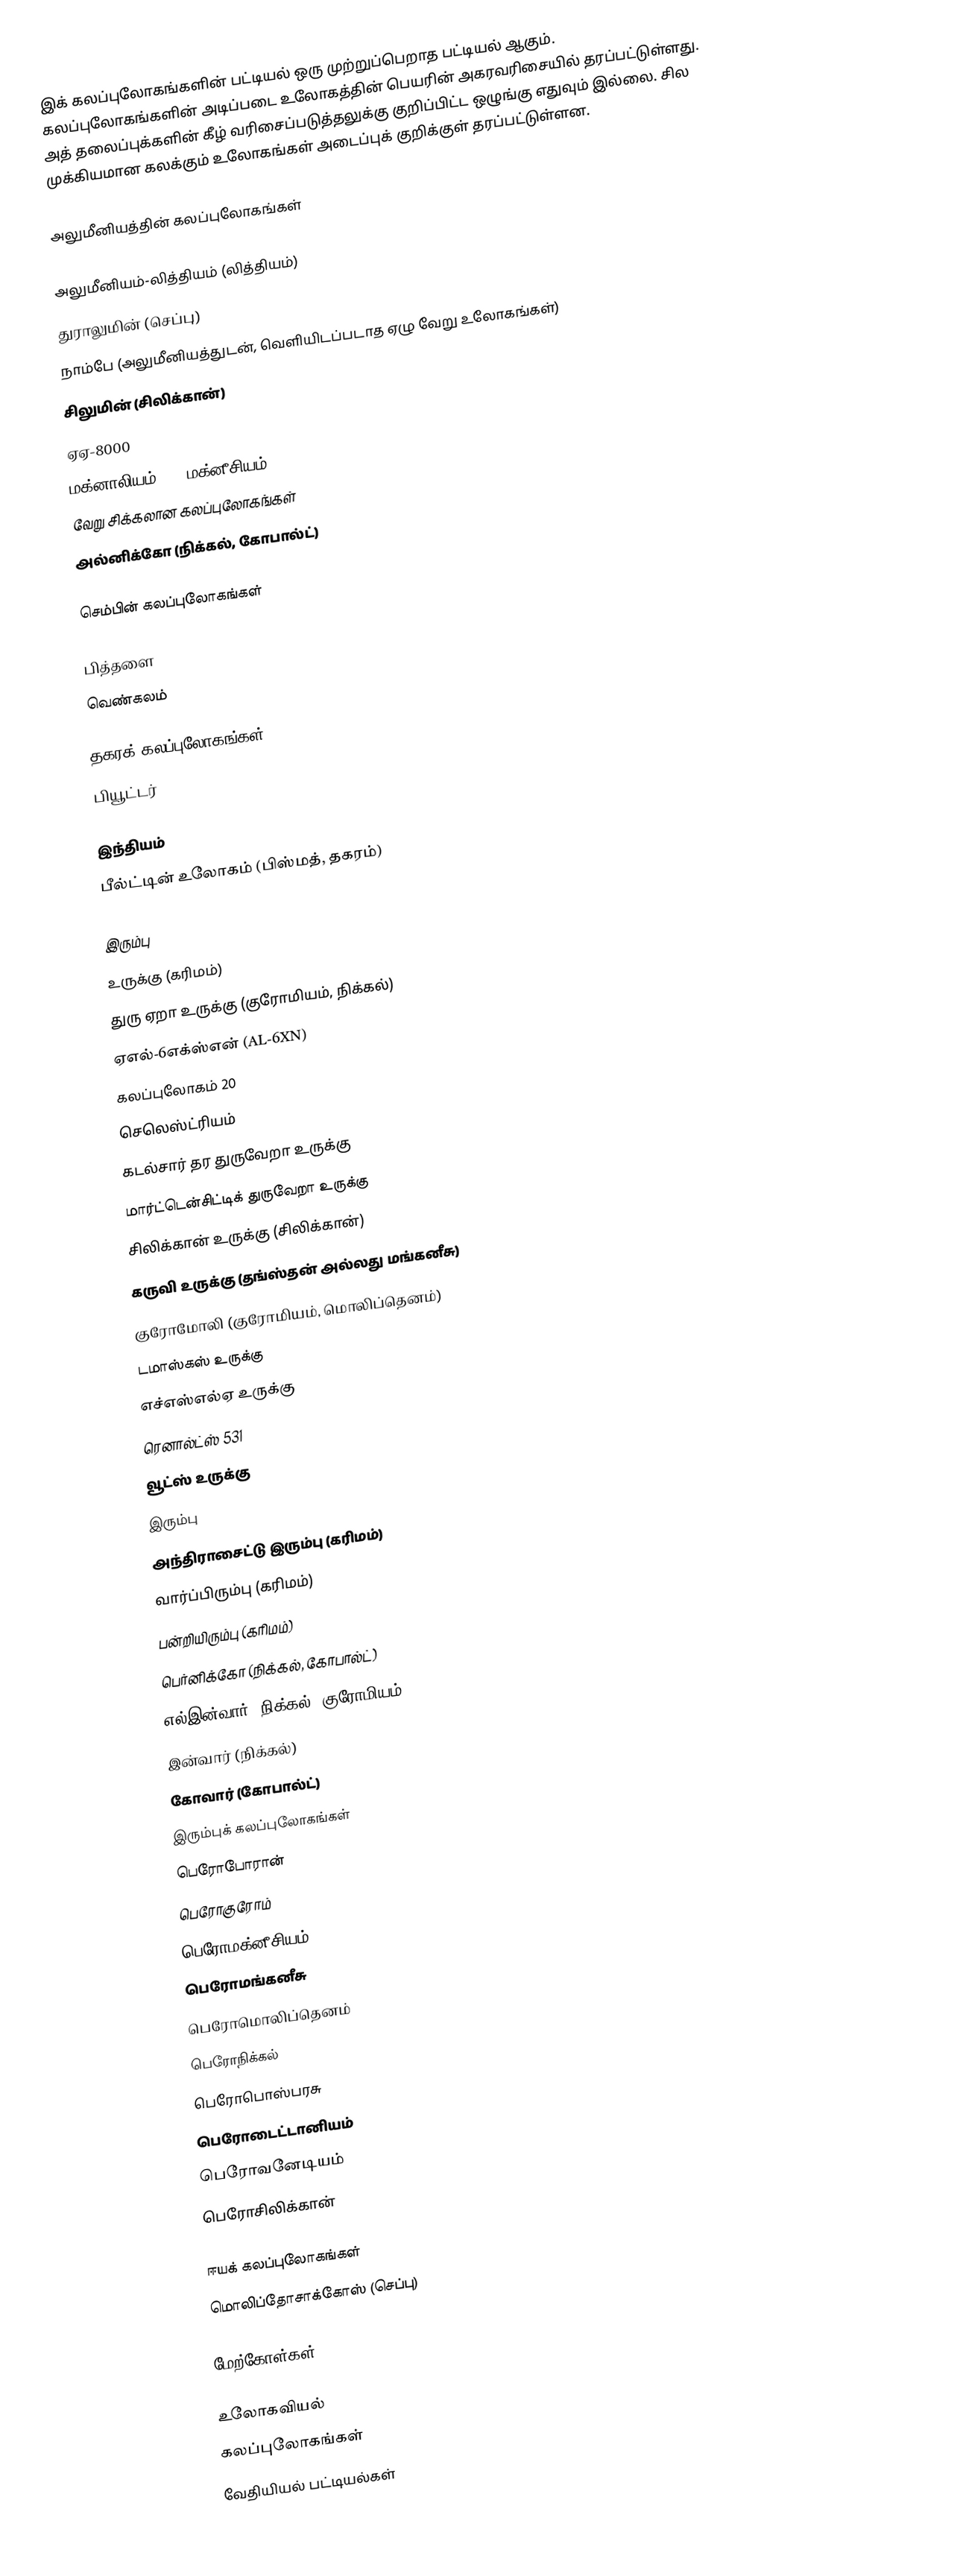
இக் கலப்புலோகங்களின் பட்டியல் ஒரு முற்றுப்பெறாத பட்டியல் ஆகும். கலப்புலோகங்களின் அடிப்படை உலோகத்தின் பெயரின் அகரவரிசையில் தரப்பட்டுள்ளது. அத் தலைப்புக்களின் கீழ் வரிசைப்படுத்தலுக்கு குறிப்பிட்ட ஒழுங்கு எதுவும் இல்லை. சில முக்கியமான கலக்கும் உலோகங்கள் அடைப்புக் குறிக்குள் தரப்பட்டுள்ளன.

அலுமீனியத்தின் கலப்புலோகங்கள்

 அலுமீனியம்-லித்தியம் (லித்தியம்)
 துராலுமின் (செப்பு)
 நாம்பே (அலுமீனியத்துடன், வெளியிடப்படாத ஏழு வேறு உலோகங்கள்)
 சிலுமின் (சிலிக்கான்)
 ஏஏ-8000
 மக்னாலியம் (5% மக்னீசியம்)
 வேறு சிக்கலான கலப்புலோகங்கள்
 அல்னிக்கோ (நிக்கல், கோபால்ட்)

செம்பின் கலப்புலோகங்கள்

 பித்தளை
 வெண்கலம்

தகரக் கலப்புலோகங்கள்
 பியூட்டர்

இந்தியம்
 பீல்ட்டின் உலோகம் (பிஸ்மத், தகரம்)

இரும்பு
 உருக்கு (கரிமம்)
 துரு ஏறா உருக்கு (குரோமியம், நிக்கல்)
 ஏஎல்-6எக்ஸ்என் (AL-6XN)
 கலப்புலோகம் 20
 செலெஸ்ட்ரியம்
 கடல்சார் தர துருவேறா உருக்கு
 மார்ட்டென்சிட்டிக் துருவேறா உருக்கு
 சிலிக்கான் உருக்கு (சிலிக்கான்)
 கருவி உருக்கு (தங்ஸ்தன் அல்லது மங்கனீசு)
 குரோமோலி (குரோமியம், மொலிப்தெனம்)
 டமாஸ்கஸ் உருக்கு
 எச்எஸ்எல்ஏ உருக்கு
 ரெனால்ட்ஸ் 531
 வூட்ஸ் உருக்கு
 இரும்பு
 அந்திராசைட்டு இரும்பு (கரிமம்)
 வார்ப்பிரும்பு (கரிமம்)
 பன்றியிரும்பு (கரிமம்)
 பெர்னிக்கோ (நிக்கல், கோபால்ட்)
 எல்இன்வார் (நிக்கல், குரோமியம்)
 இன்வார் (நிக்கல்)
 கோவார் (கோபால்ட்)
 இரும்புக் கலப்புலோகங்கள்
 பெரோபோரான்
 பெரோகுரோம்
 பெரோமக்னீசியம்
 பெரோமங்கனீசு
 பெரோமொலிப்தெனம்
 பெரோநிக்கல்
 பெரோபொஸ்பரசு
 பெரோடைட்டானியம்
 பெரோவனேடியம்
 பெரோசிலிக்கான்

ஈயக் கலப்புலோகங்கள்
 மொலிப்தோசாக்கோஸ் (செப்பு)

மேற்கோள்கள்

உலோகவியல்
கலப்புலோகங்கள்
வேதியியல் பட்டியல்கள்